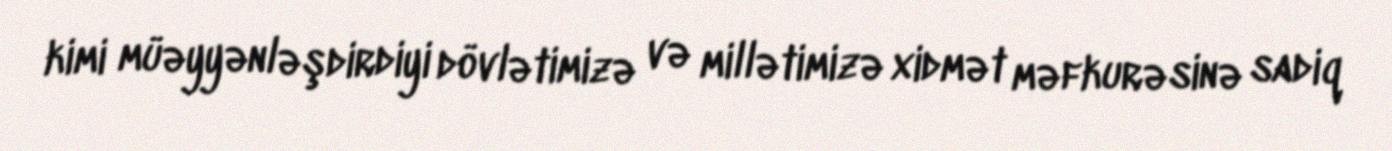
kimi müəyyənləşdirdiyi dövlətimizə və millətimizə xidmət məfkurəsinə sadiq